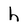
Character: h